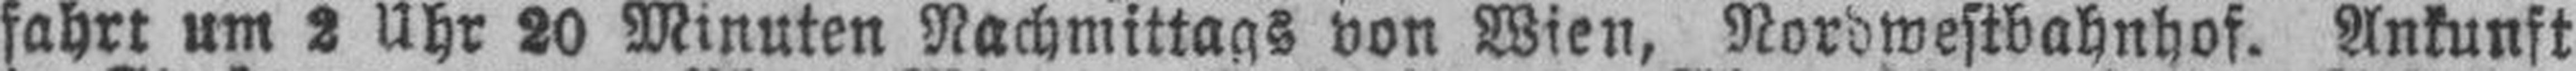
fahrt um 2 Uhr 20 Minuten Nachmittags von Wien, Nordwestbahnhof. Ankunst